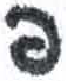
אות: פ